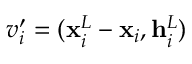
v _ { i } ^ { \prime } = ( \mathbf { x } _ { i } ^ { L } - \mathbf { x } _ { i } , \mathbf { h } _ { i } ^ { L } )